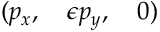
( p _ { x } , \quad \epsilon p _ { y } , \quad 0 )